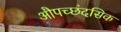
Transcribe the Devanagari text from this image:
औपच्छंदसिक